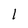
Character: 1